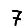
Digit: 7